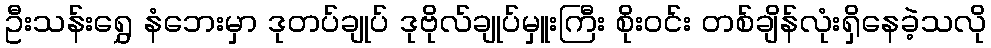
ဦးသန်းရွှေ နံဘေးမှာ ဒုတပ်ချုပ် ဒုဗိုလ်ချုပ်မှူးကြီး စိုးဝင်း တစ်ချိန်လုံးရှိနေခဲ့သလို